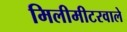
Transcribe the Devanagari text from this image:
मिलीमीटरवाले